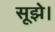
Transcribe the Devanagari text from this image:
सूझे।